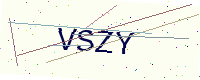
Text: VSZY